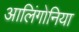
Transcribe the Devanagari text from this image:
आलिंगोनिया